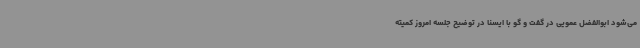
می‌شود ابوالفضل عمویی در گفت و گو با ایسنا در توضیح جلسه امروز کمیته